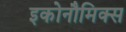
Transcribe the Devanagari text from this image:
इकोनौमिक्स